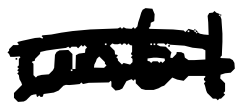
Text: until
Cross-out: mix
Writing tool: digital_black